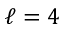
\ell = 4